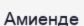
Амиенде